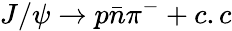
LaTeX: J/\psi\to p\bar{n}\pi^{-}+c.c